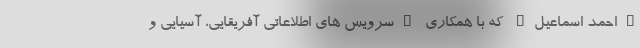
"احمد اسماعیل" که با همکاری "سرویس های اطلاعاتی آفریقایی، آسیایی و